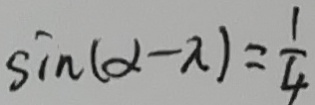
\sin ( \alpha - \pi ) = \frac { 1 } { 4 }